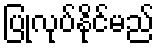
ပြုလုပ်နိုင်မည်